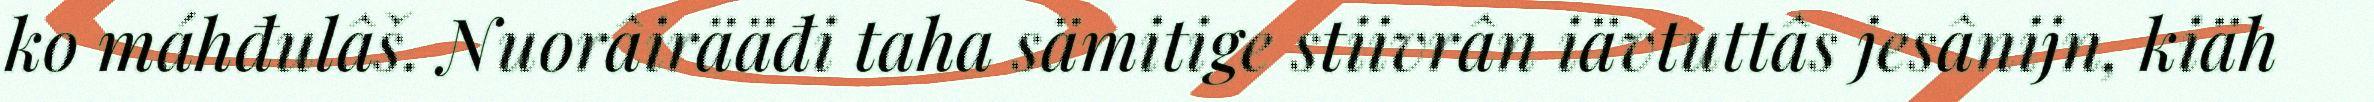
ko máhđulâš. Nuorâirääđi taha sämitige stiivrân iävtuttâs jesânijn, kiäh